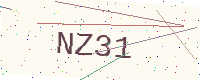
Text: NZ31